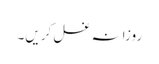
روزانہ غسل کریں۔